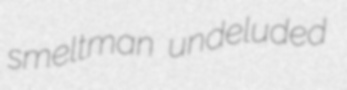
smeltman undeluded